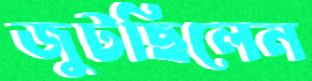
জুটছিলেন